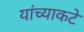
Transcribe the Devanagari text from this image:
यांच्याकटे